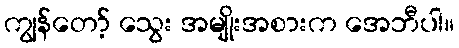
ကျွန်တော့် သွေး အမျိုးအစားက အေဘီပါ။